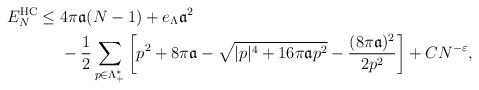
\begin{align*} E_N^{\mathrm{HC}} \le\;& 4\pi \mathfrak{a}(N-1)+e_\Lambda \mathfrak{a}^2\\&-\frac{1}{2}\sum_{p\in \Lambda_+^*}\left[ p^2+8\pi\mathfrak{a}-\sqrt{|p|^4+ 16\pi \mathfrak{a}p^2}-\frac{(8\pi \mathfrak{a})^2}{2p^2}\right]+ CN^{-\varepsilon},\end{align*}